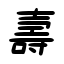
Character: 壽